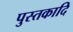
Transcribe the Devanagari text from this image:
पुस्तकादि